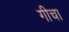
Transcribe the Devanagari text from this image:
गीचा